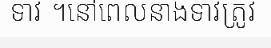
ទាវ ។នៅពេលនាងទាវត្រូវ